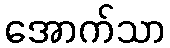
အောက်သာ